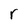
Character: r